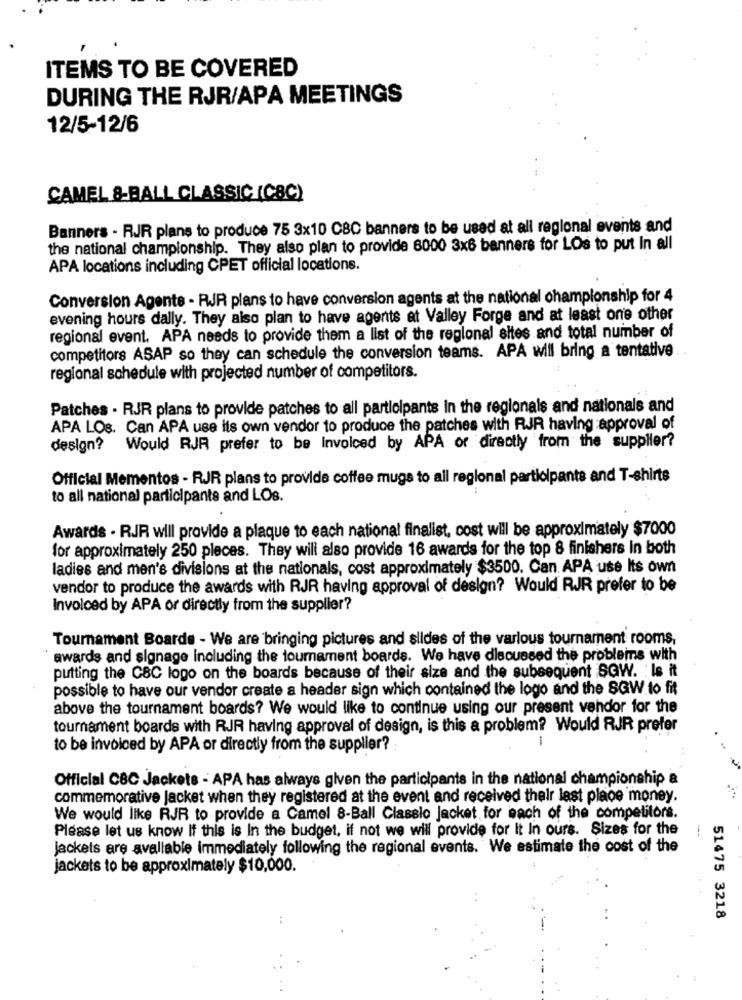
ITEMS TO BE COVERED
DURING THE RJR/APA MEETINGS
12/5-12/6
CAMEL &-BALL CLASSIC (CBC)
Banners - RJR plans to produce 75 3x10 CBC banners to be used at all regional events and
the national championship. They also plan to provide 6000 3x6 banners for LOs to put In all
APA locations including CPET official locations.
Conversion Agents - RJR plans to have conversion agents at the national championship for 4
evening hours dally. They also plan to have agents at Valley Forge and at least one other
regional event. APA needs to provide them a list of the regional altes and total number of
competitors ASAP so they can schedule the conversion teams. APA will bring a tentative
regional schedule with projected number of competitors.
Patches . RJR plans to provide patches to all participants in the regionals and nationals and
APA LOs. Can APA use its own vendor to produce the patches with RJR having :approval of
Would RJR prefer to be Invoiced by APA of directly from the supplier?
design?
Official Mementos - RJR plans to provide coffee mugs to all regional participants and T-shirts
to all national participants and LOs.
Awards . RJR will provide a plaque to each national finalist, cost will be approximately $7000
for approximately 250 pieces. They will also provide 16 awards for the top 8 finishers in both
ladies and men's divisions at the nationals, cost approximately $3500. Can. APA use Its own
vendor to produce the awards with RJR having approval of design? Would RJR prefer to be
Involced by APA or directly from the supplier?
Tournament Boards - We are bringing pictures and slides of the various tournament rooms,
awards and signage including the tournament boards. We have discussed the problems with
putting the CSC logo on the boards because of their size and the subsequent SQW. Is it
possible to have our vendor create a header sign which contained the logo and the SQW to fit
above the tournament boards? We would like to continue using our present vendor for the
tournament boards with RJR having approval of design, is this a problem? Would RJR prefer
-
to be invoiced by APA or directly from the supplier?
Official CBC Jackets - APA has always given the participants in the national championship a
commemorative jacket when they registered at the event and received their last place money.
We would like RJR to provide a Camel 8-Ball Classic Jacket for each of the competitor
Please let us know If this is In the budget, if not we will provide for It In ours. Sizes for the
---
jackets are avaliable immediately following the regional events. We estimate the cost of the
jackets to be approximately $10,000.
51475 3218